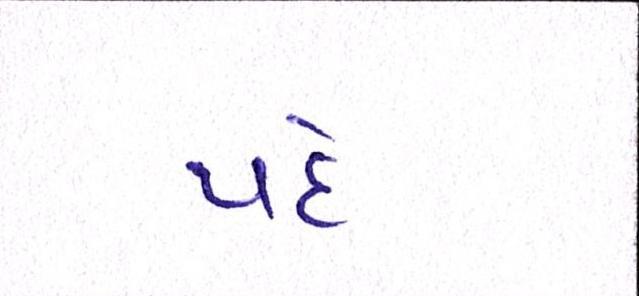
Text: પદે